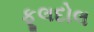
ફૂલદોલ